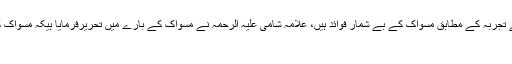
مسواک کے فوائد: حدیث پاک اور سائنس دانوں کے تجربہ کے مطابق مسواک کے بے شمار فوائد ہیں، علامہ شامی علیہ الرحمہ نے مسواک کے بارے میں تحریرفرمایا ہیکہ مسواک کرنے والے کے لئے مسواک کے مندرجہ ذیل ہیں:
٭ بڑھا پے میں تاخیر کرتی ہے۔